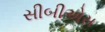
સીબીએસ